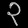
Digit: ၃